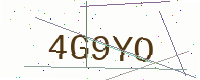
Text: 4G9YO